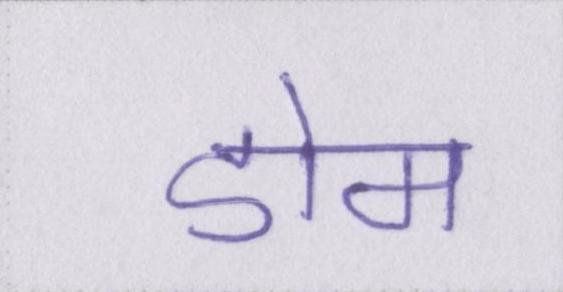
डोम